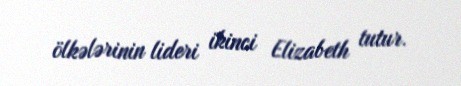
ölkələrinin lideri ikinci Elizabeth tutur.